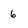
Character: 6